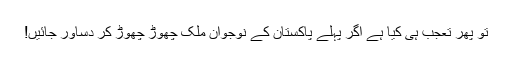
تو پھر تعجب ہی کیا ہے اگر پہلے پاکستان کے نوجوان ملک چھوڑ چھوڑ کر دساور جائیں!